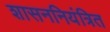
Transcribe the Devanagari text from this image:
शासननियंत्रित